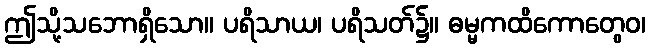
ဤသို့သဘောရှိသော။ ပရိသာယ၊ ပရိသတ်၌။ ဓမ္မကထိကောတွေဝ၊